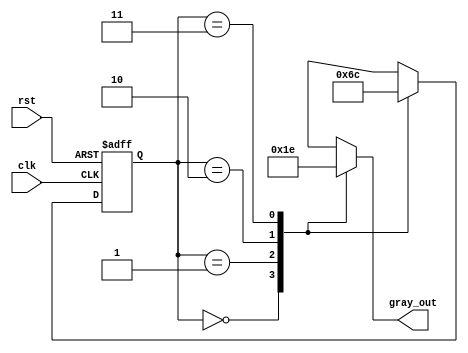
module gray_code_generator (
    input wire clk,        // Clock signal
    input wire rst,        // Asynchronous reset
    output reg [1:0] gray_out // Gray code output
);

    // State Encoding
    localparam S0 = 2'b00; // State 0
    localparam S1 = 2'b01; // State 1
    localparam S2 = 2'b10; // State 2
    localparam S3 = 2'b11; // State 3

    // State Register
    reg [1:0] current_state, next_state;

    // Sequential logic: State Register
    always @(posedge clk or posedge rst) begin
        if (rst) begin
            current_state <= S0; // Reset to initial state S0
        end else begin
            current_state <= next_state; // Update current state to next state
        end
    end

    // Combinational logic: Next State Logic
    always @(*) begin
        case (current_state)
            S0: next_state = S1; // From S0 to S1
            S1: next_state = S2; // From S1 to S2
            S2: next_state = S3; // From S2 to S3
            S3: next_state = S0; // From S3 to S0
            default: next_state = S0; // Default to S0
        endcase
    end

    // Output Logic: Gray code output based on current state
    always @(*) begin
        case (current_state)
            S0: gray_out = 2'b00; // Gray code output for state S0
            S1: gray_out = 2'b01; // Gray code output for state S1
            S2: gray_out = 2'b11; // Gray code output for state S2
            S3: gray_out = 2'b10; // Gray code output for state S3
            default: gray_out = 2'b00; // Default output
        endcase
    end

endmodule